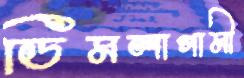
ডিমলাগামী